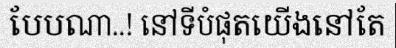
បែបណា..! នៅទីបំផុតយើងនៅតែ